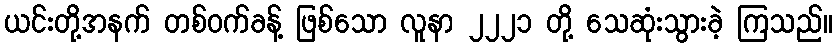
ယင်းတို့အနက် တစ်ဝက်ခန့် ဖြစ်သော လူနာ ၂၂၂၁ တို့ သေဆုံးသွားခဲ့ ကြသည်။